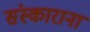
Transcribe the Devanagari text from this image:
संस्काराना